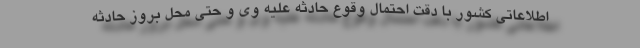
اطلاعاتی کشور با دقت احتمال وقوع حادثه علیه وی و حتی محل بروز حادثه